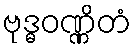
ဗုဒ္ဓဝဏ္ဏိတံ